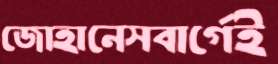
জোহানেসবার্গেই